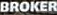
BROKER